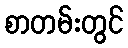
စာတမ်းတွင်